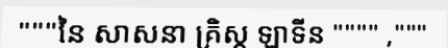
"""នៃ សាសនា គ្រិស្ត ឡាទីន """" ,"""